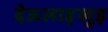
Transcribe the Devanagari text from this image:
देऊलाड्खुइ